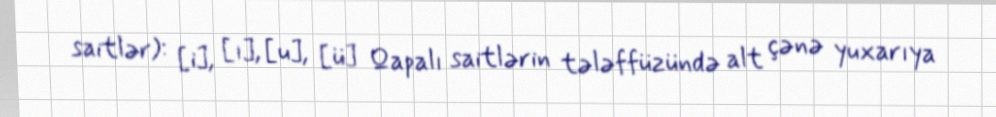
saitlər): [i], [ı], [u], [ü] Qapalı saitlərin tələffüzündə alt çənə yuxarıya